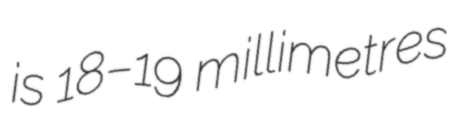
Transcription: is 18–19 millimetres